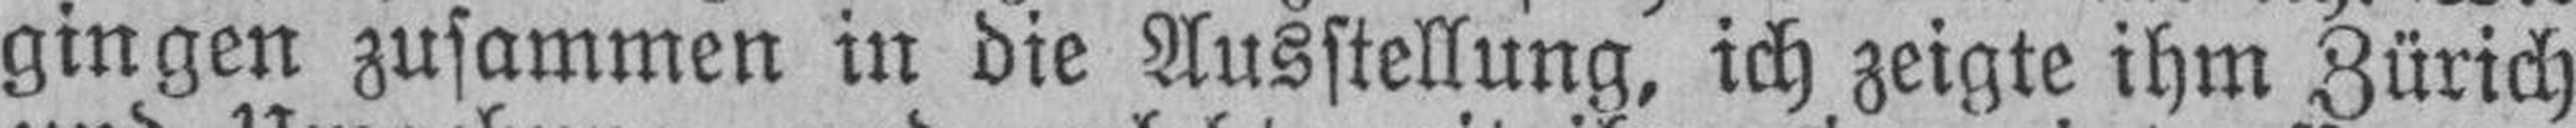
gingen zusammen in die Ausstellung, ich zeigte ihm Zürich